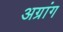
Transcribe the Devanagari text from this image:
अग्रांग